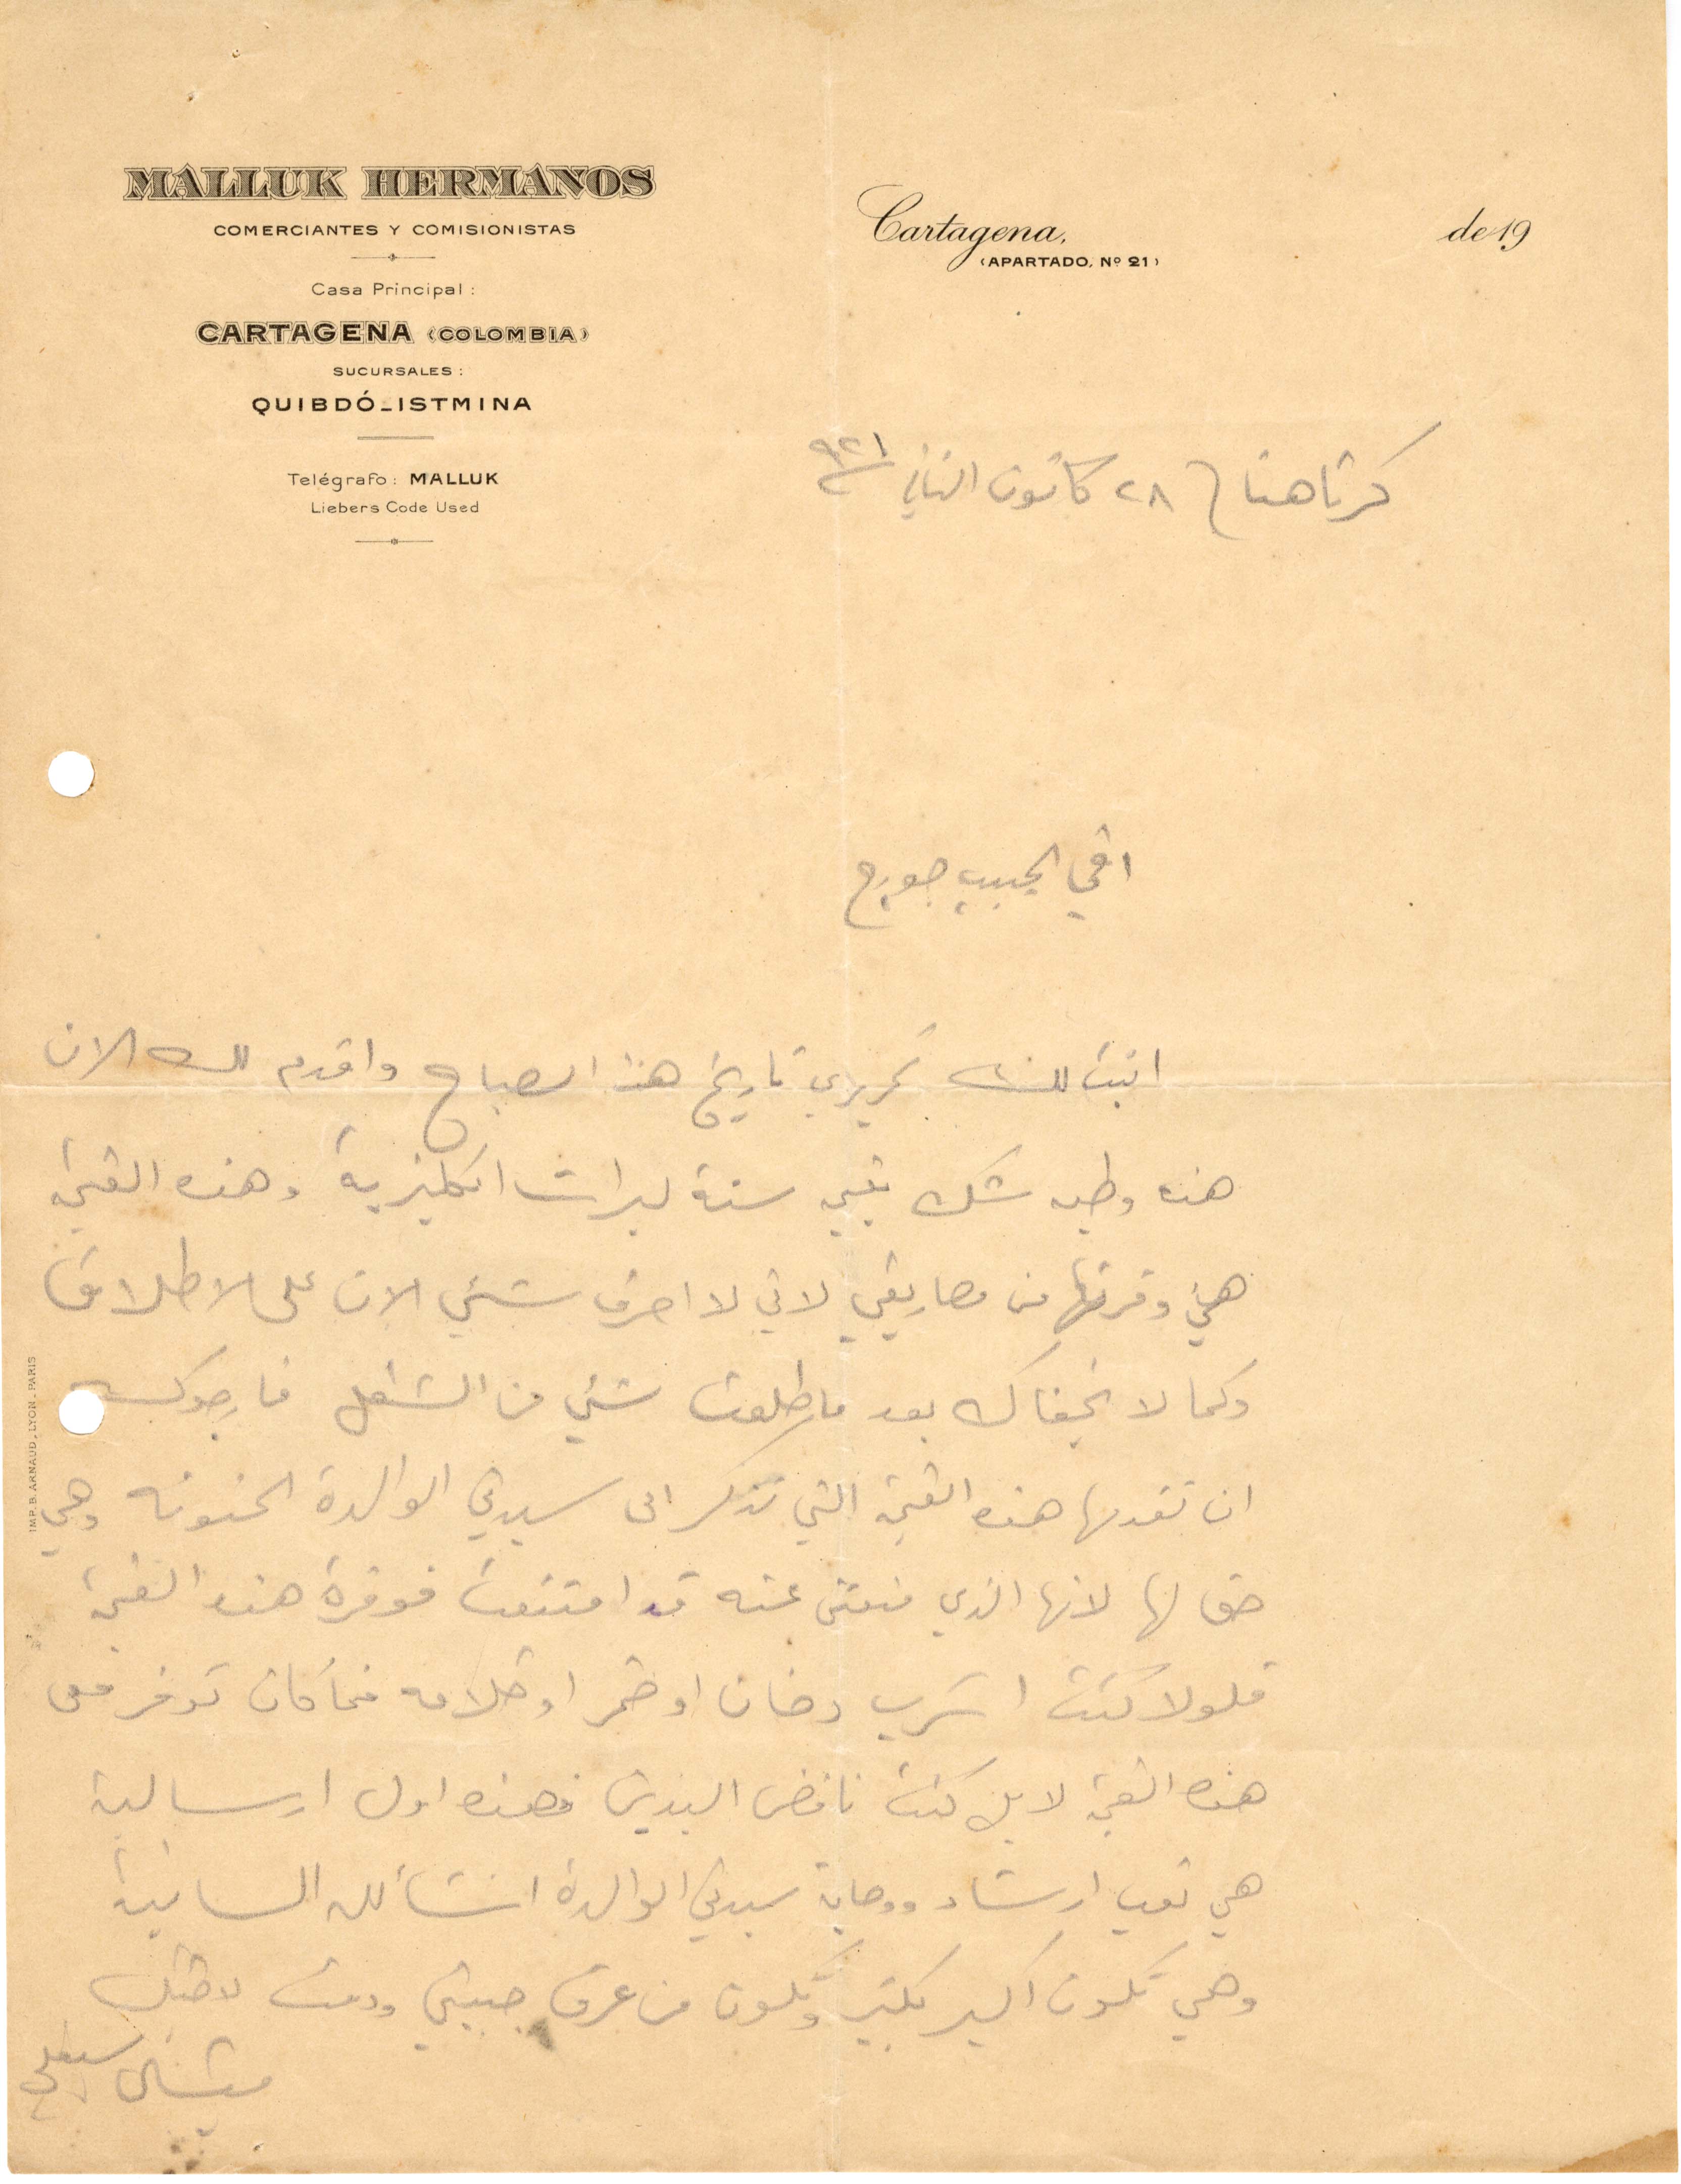
كرتاهنا في ٢ كانون الثاني ١٩٢١
أخي الحبيب جورج
اثبت لك تحريرك تاريخ هذا الصباح واقدم لك الان
هذه وطيه شك بقيمة ستة ليرات إنكليزية وهذه القيمة
هي وفرتها من مصاريفي لاني لا احرف بشيء الان على الاطلاق
وكما لا يخفاك بعد ما طلع شيء من الشغل فارجوك
ان تقدمها هذه القيمة التي تذكر الي سيدتي الوالدة الحنونة وهي
حق لها لانها الذي منتعتني عنه قد امتنعت فوفرة هذه القيمة
فلولا كنت اشرف دخان او خمر او خلافه فما كان توفر معي
هذه القيمة لا بل كنت نافض اليدين فهذه اول ارسالته
هي توب ارشاد ووصاية سيدتي الوالدة انشالله الثانية
وهي تكون اكبر بكثير وتكون من عرق جبيني ودمت لاخيك
ميشال سبعلي